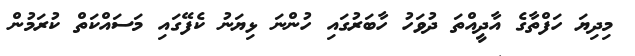
މިދިޔަ ހަފްތާގެ އާދީއްތަ ދުވަހު ހާބަރުގައި ހުންނަ ޅިޔަނު ކެފޭގައި މަސައްކަތް ކުރަމުން